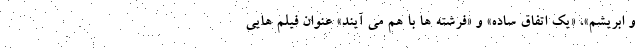
و ابریشم»، «یک اتفاق ساده» و «فرشته ها با هم می آیند» عنوان فیلم هایی